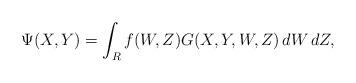
LaTeX: \begin{align*} \Psi(X,Y) &= \int_R f(W,Z) G(X,Y,W,Z) \, dW \, dZ, \end{align*}